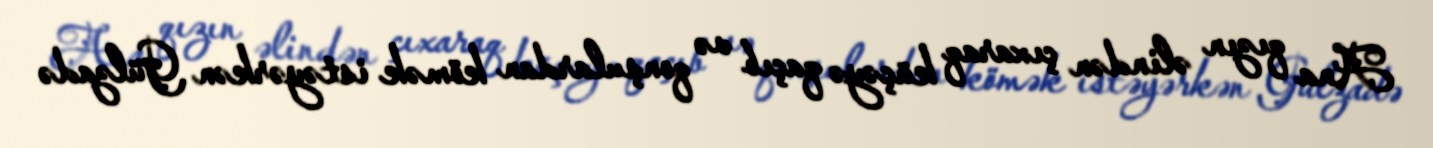
Ana qızın əlindən çıxaraq küçəyə qaçıb və qonşulardan kömək istəyərkən Gülzadə